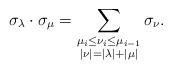
LaTeX: \begin{align*}\sigma_\lambda \cdot \sigma_\mu = \sum_{\substack{\mu_i \leq \nu_i \leq \mu_{i-1}\\|\nu|=|\lambda|+|\mu|}} \sigma_\nu.\end{align*}